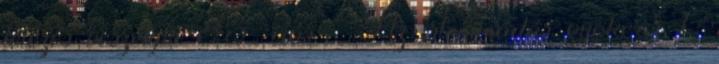
létezés veszélyei 85. írás - Az istenimádás gyökerei 1.